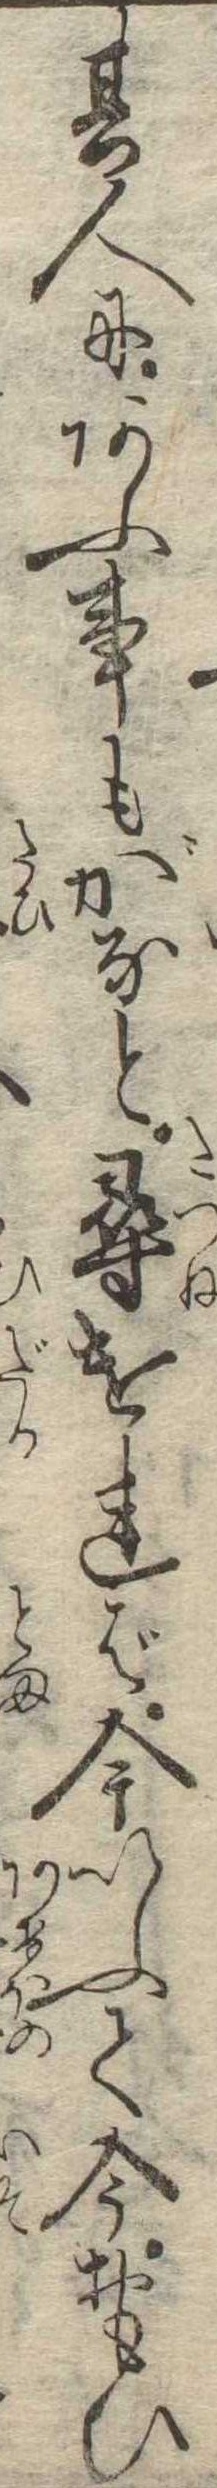
其人にあふ事もがなと尋ければ今いふて今おもひ